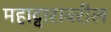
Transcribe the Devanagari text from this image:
महाद्वारावरील